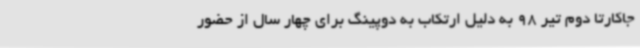
جاکارتا دوم تیر 98 به دلیل ارتکاب به دوپینگ برای چهار سال از حضور